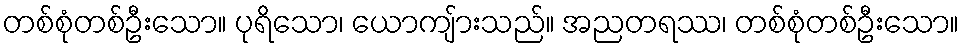
တစ်စုံတစ်ဦးသော။ ပုရိသော၊ ယောကျ်ားသည်။ အညတရဿ၊ တစ်စုံတစ်ဦးသော။